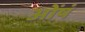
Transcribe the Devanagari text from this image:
ओंषं